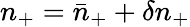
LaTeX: n_{+}=\bar{n}_{+}+\delta n_{+}